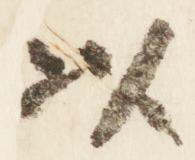
以